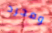
ومجرد